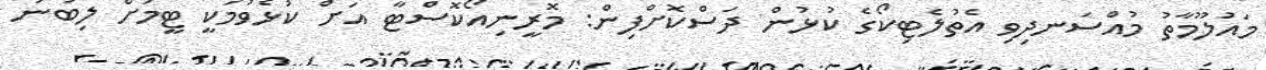
މައުލޫމާތު މުއްސަނދިވި އެތުލެޓިކޯގެ ކުޅުން ދަސްކޮށްފިން: މޮރީނިއޯކޮސްޓާ އަށް ކުޅެވުމަކީ ޓީމަށް ލިބުނު